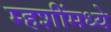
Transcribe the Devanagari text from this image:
म्हशींमध्ये